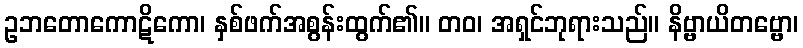
ဥဘတောကောဋိကော၊ နှစ်ဖက်အစွန်းထွက်၏။ တဝ၊ အရှင်ဘုရားသည်။ နိဗ္ဗာယိတဗ္ဗော၊